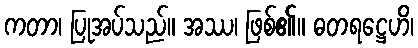
ကတာ၊ ပြုအပ်သည်။ အဿ၊ ဖြစ်၏။ ဓတရဋ္ဌေဟိ၊